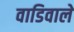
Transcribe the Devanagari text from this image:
वाडिवाले